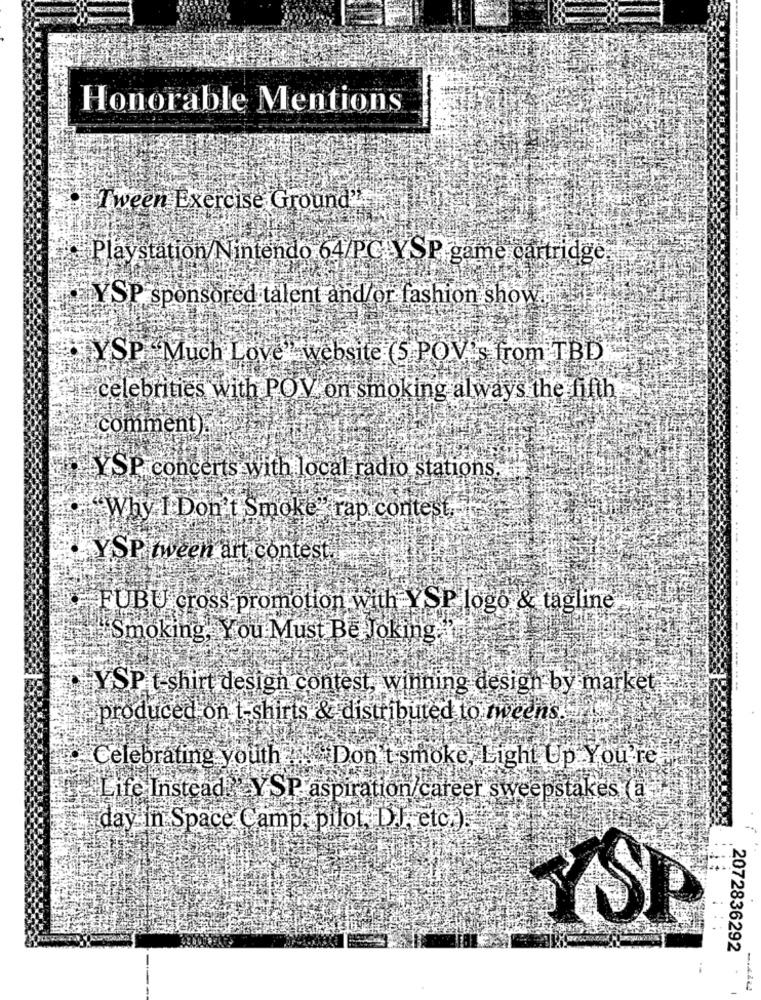
Honorable Mentions
Tween Exercise Ground"
Playstation/Nintendo 64/PC YSP game cartridge
YSP sponsored talent and/or fashion show
YSP. Much Love"website (5 POV's from TBD
celebrities with POV on smoking always the fifth
. .
comment).
YSP concerts with local radio stations.
"Why I Don't Smoke" rap contest.
WYSP tween art contest.
-.-
FUBU cross promotion with YSP logo & tagline
Smoking, You Must Be Joking
YSP t-shirt design contest, winning design by market
produced on t-shirts & distributed to tweens."
Celebrating youth
.Don't smoke, Light Up You're
Life Instead . YSP aspiration career sweepstakes a
day in Space Camp, pilot, Da, etc
2072836292